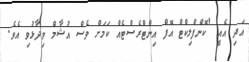
އަދި އެއީ 'ކޮންފްލިކްޓް އޮފް އިންޓްރެސްޓެއް ކަމަށް ވެސް އުޝާމް ވިދާޅުވި އެވެ.